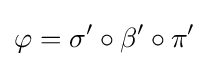
\varphi =\sigma '\circ \beta '\circ \pi '